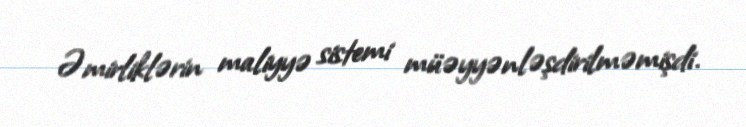
Əmirliklərin maliyyə sistemi müəyyənləşdirilməmişdi.